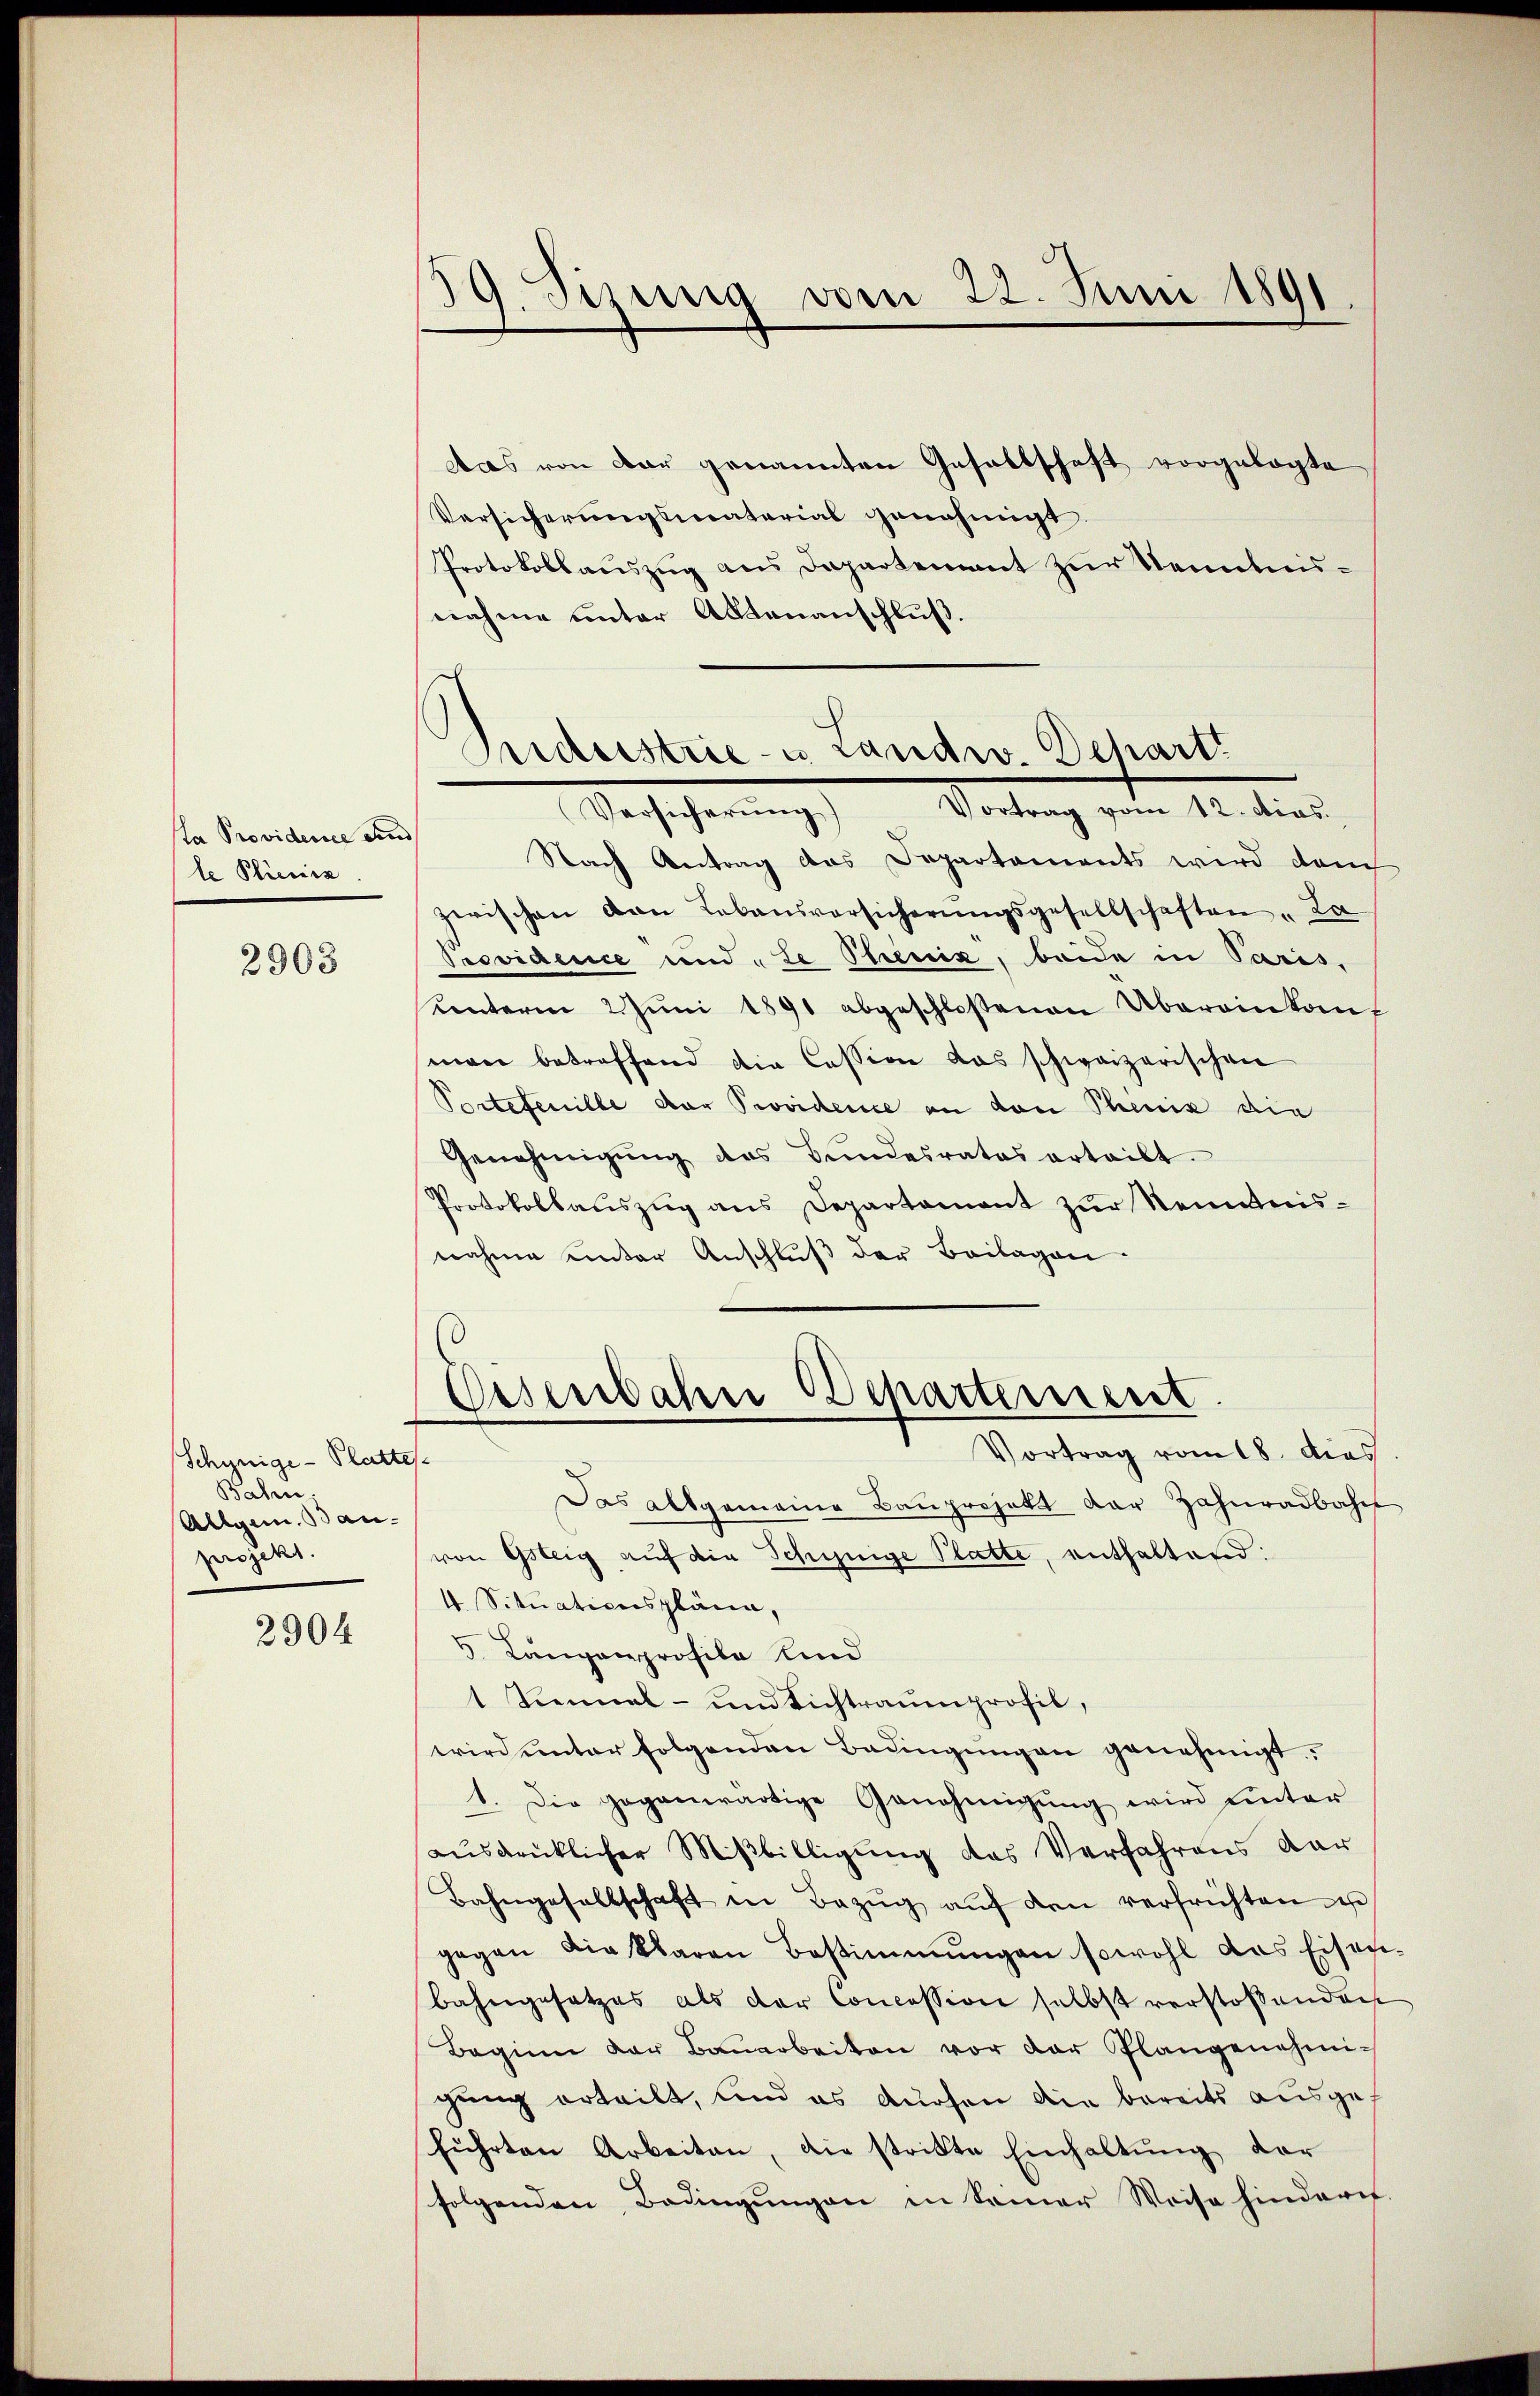
sta Providence and
le Plinien

2903

Schynige-Plattes
Bahen,
Allgem. Bauprojekt.

2904

59. Sizung vom 22. Juni 1891.

das von dar genannten Gesellschaft vorgelegte
Versicherungsmaterial genehmigt.
Protokollauszug aus Departement zur Kenntnisnahme unter Aktenanschluß.

Pidustrie- u. Landw. Depart
Versicherŭng Vortrag vom 12. dies

Eisenbahn Departement
Vortrag vom 18. dies

Nach Antrag des Departaments wird dem
zwischen von Labansvorsicherŭngsgesellschaften „La
Providence und Le Treuiz, beide in Paris,
ŭnterm 2Jŭni 1891 abgeschloßenen Übereinkauf
man betreffend die Cession das schweizerischen
Portetenille der Providence an den Pheniz die
Genehmigŭng des Bŭndesrates erteilt.
Protokollauszug aus Departament zur Neuntens-
nahme unter Anschluß der Beilagen.
Das allgemeine Bauprojekt der Zahnradbahn
von Gsteig auf die Schynige Platte, enthaltend:
4. Situationspläne,
3. Langenprofila und
1 Rennal- und Richtraumprofil,
wird ŭnter folgenden Bedingŭngen genehmigt.
1. Die gegenwärtige Genehmigung wird unter
ausdrücklicher Mißbilligung des Verfahrens dar
Bahngesellschaft in Bezŭg aŭf den verfrüchten
gegen die klaren Bestimmungen sowohl das Eisen
bahngesetzes als der Concession selbst verstoßenden
Beginn der Bauarbeiten vor der Plangenehmigung erteilt, und es durchen die bereits ausgef
führten Arbeiten, die strikte Einhaltŭng vor
folgenden Bedingungen in Seiner Weise hinderes.